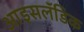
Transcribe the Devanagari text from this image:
आइसलॅंडिक